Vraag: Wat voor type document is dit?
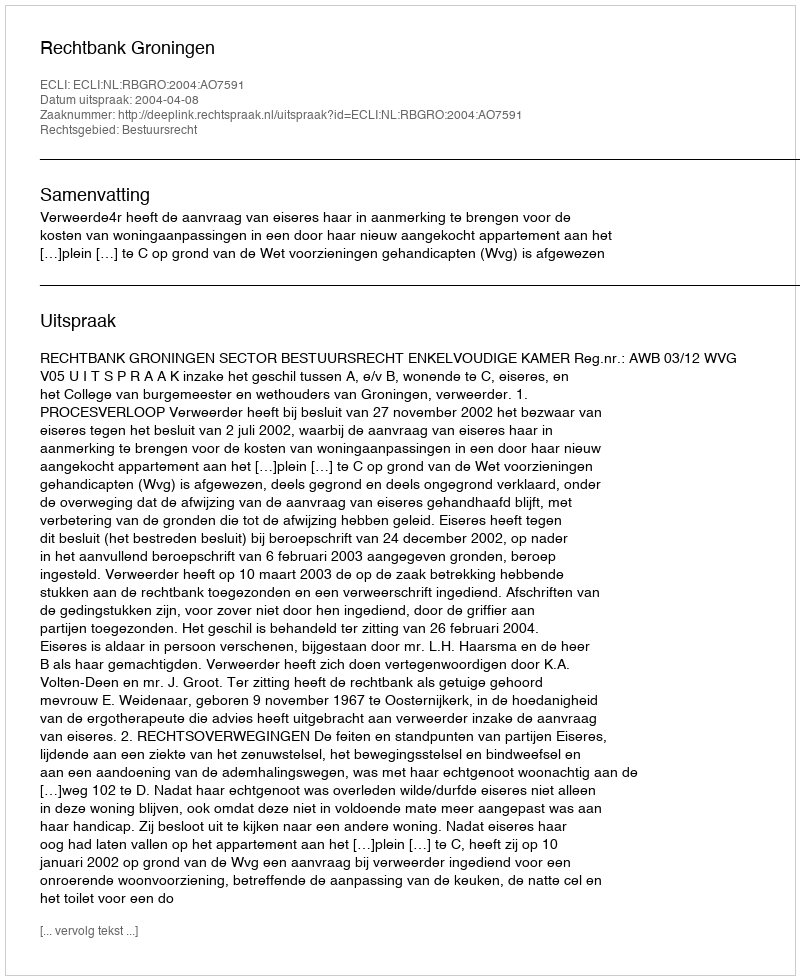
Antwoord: Uitspraak